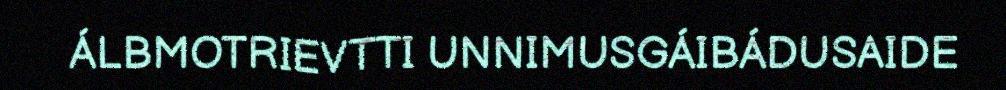
ÁLBMOTRIEVTTI UNNIMUSGÁIBÁDUSAIDE